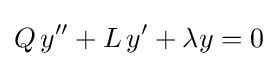
Q\,y''+L\,y'+\lambda y=0